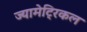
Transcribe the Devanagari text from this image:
ज्यामेट्रिकल